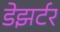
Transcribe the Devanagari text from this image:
डेझर्टर